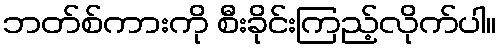
ဘတ်စ်ကားကို စီးခိုင်းကြည့်လိုက်ပါ။